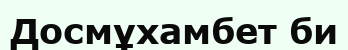
Досмұхамбет би